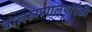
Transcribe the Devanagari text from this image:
बालरुग्णालयांपैकी